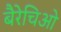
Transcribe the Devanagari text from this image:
बैरेचिओ